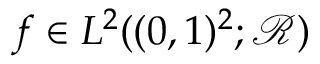
f \in L ^ { 2 } ( ( 0 , 1 ) ^ { 2 } ; \mathcal { R } )